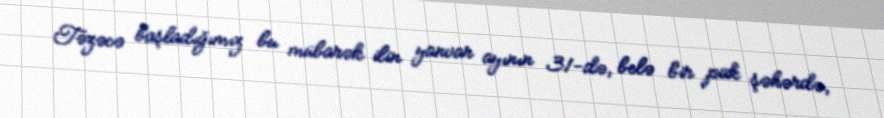
Təzəcə başladığımız bu mübarək ilin yanvar ayının 31-də, belə bir pak şəhərdə,